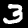
Digit: 3